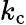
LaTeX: k_{\textrm{c}}